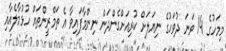
މިމަހުގެ 14 ވަނަ ދުވަހުގެ ނިޔަލަށް ކުރިއަށްގެންދަން ނިންމާފައިވާ އެ ތަމްރީންތައް ހުޅުމާލެއާއި